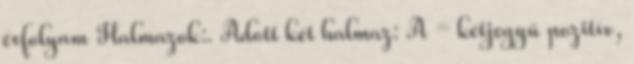
évfolyam Halmazok:. Adott két halmaz: A = kétjegyű pozitív,